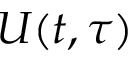
U ( t , \tau )